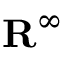
\mathbf { R } ^ { \infty }